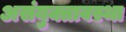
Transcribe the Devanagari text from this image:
असंयुक्तावस्था